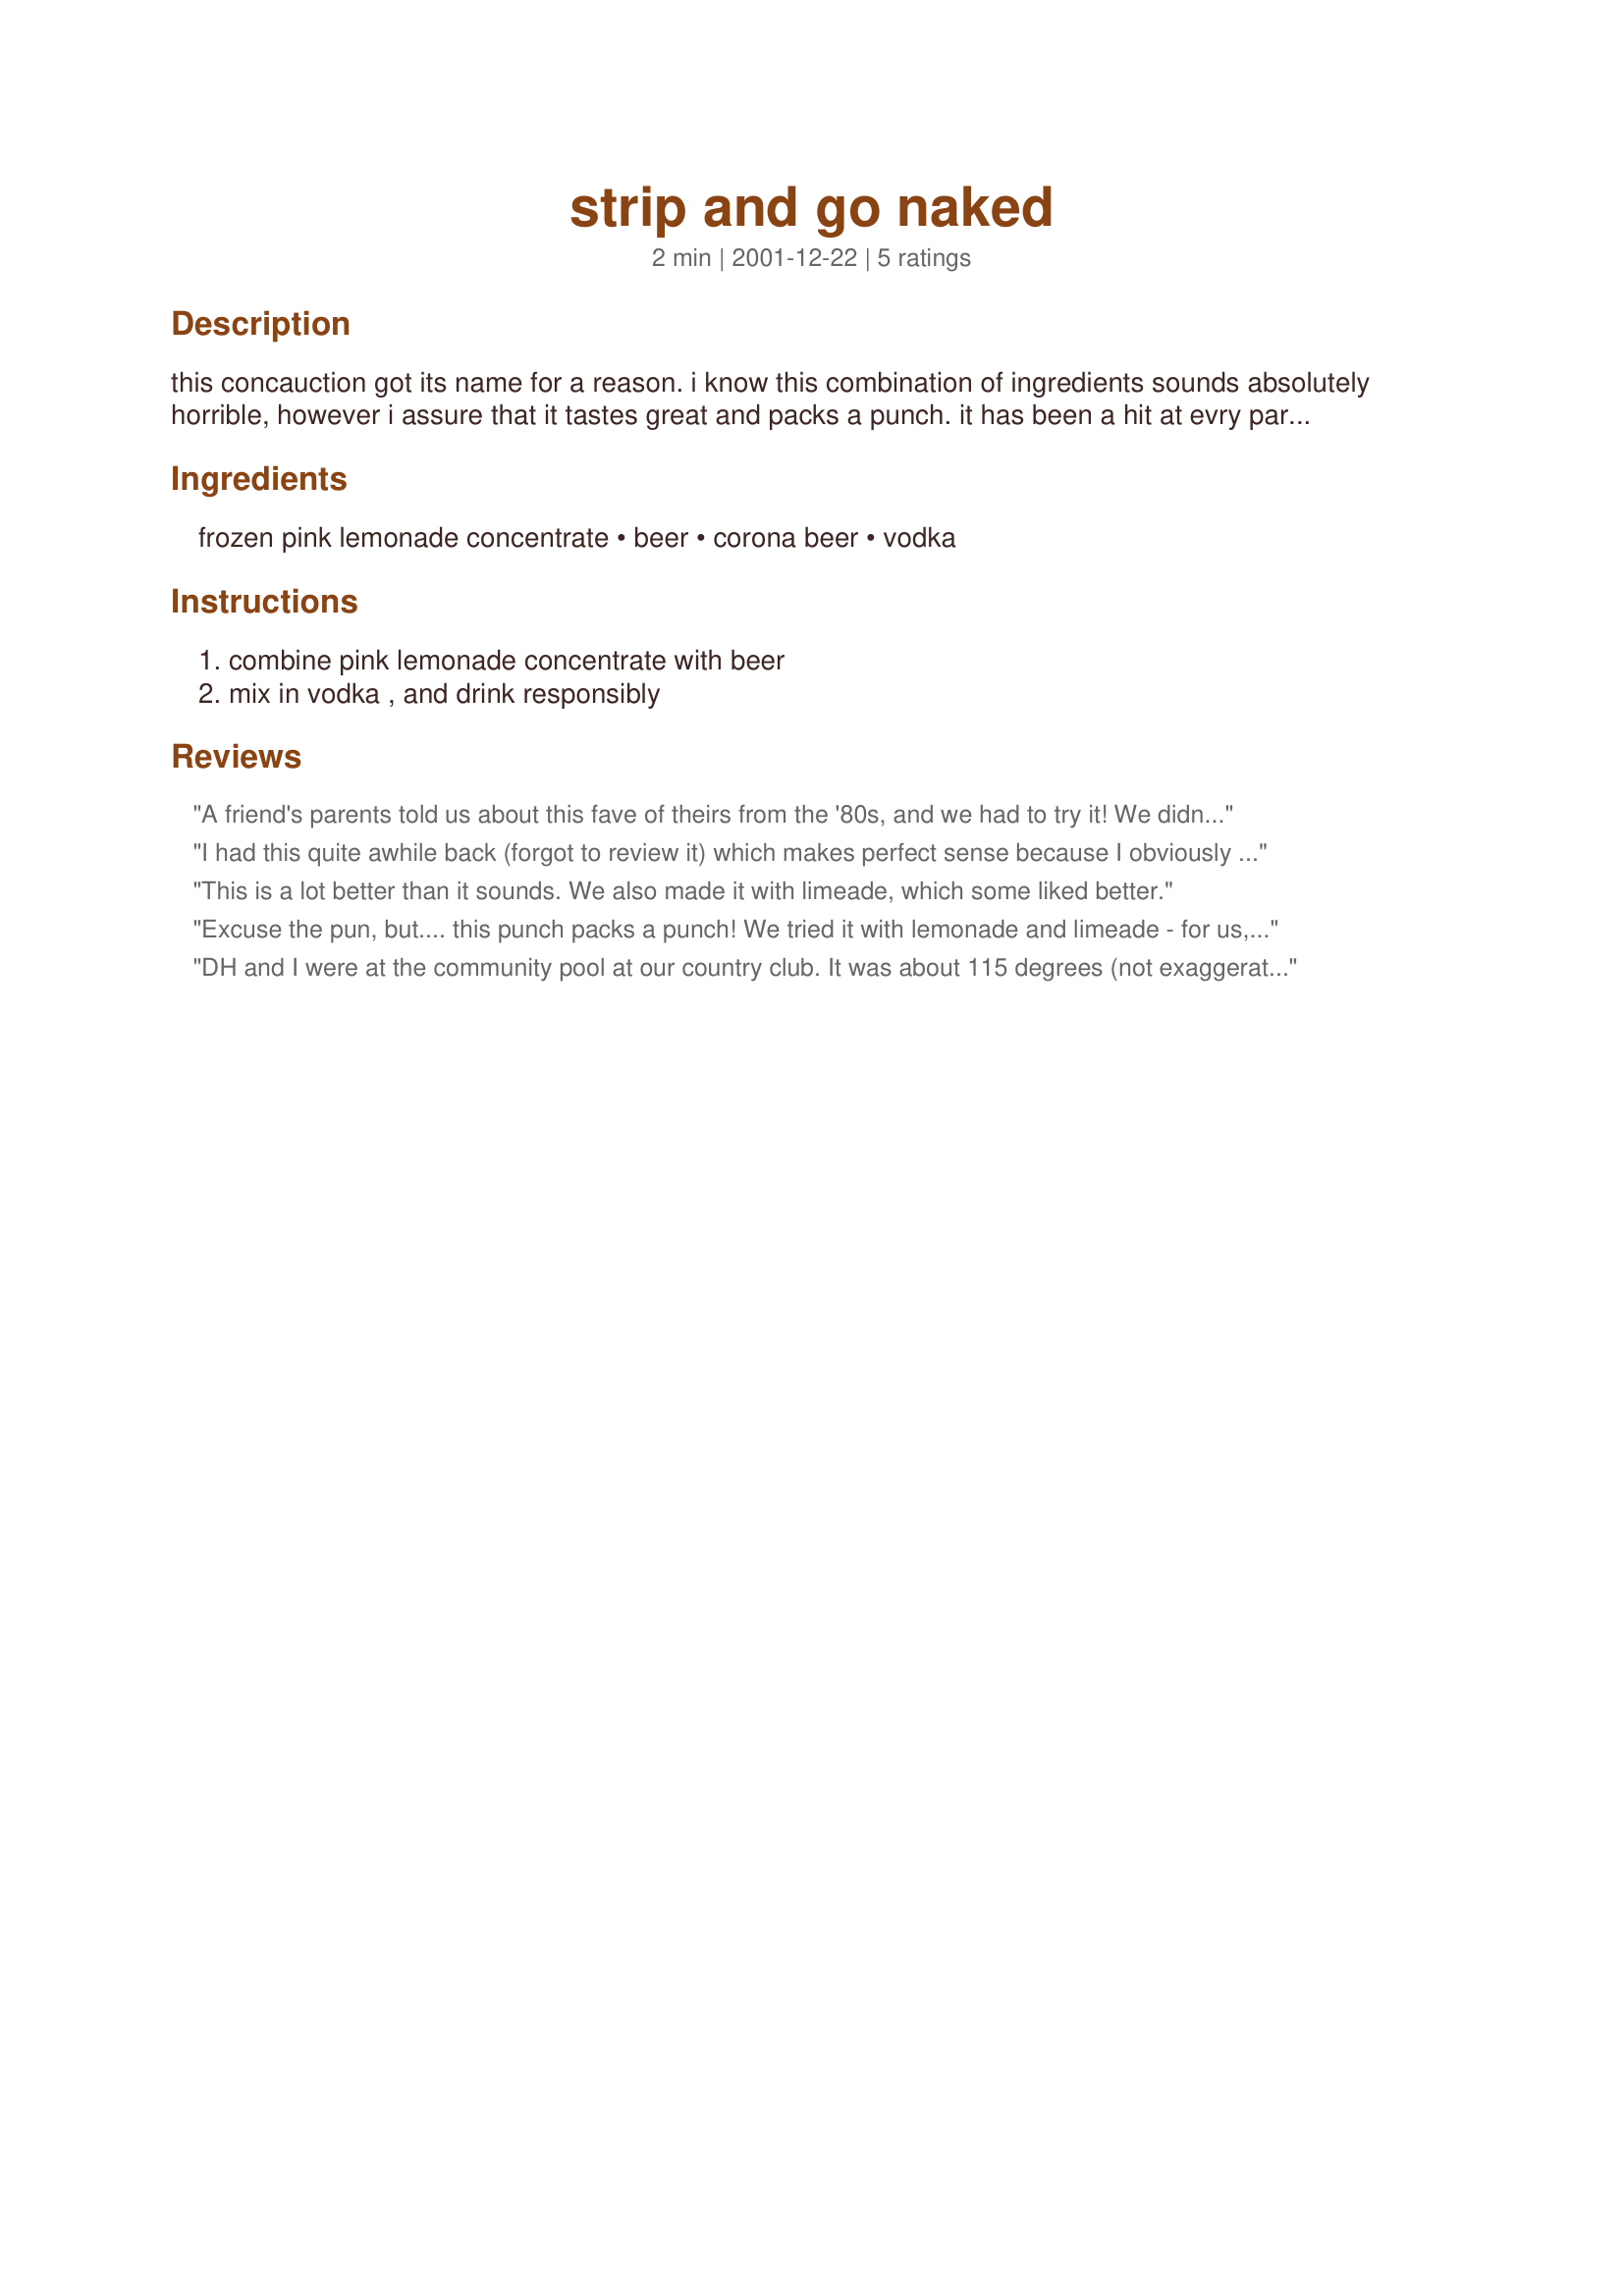
strip and go naked
Preparation time: 2 minutes

this concauction got its name for a reason. i know this combination of ingredients sounds absolutely horrible, however i assure that it tastes great and packs a punch. it has been a hit at evry party i've thrown. please let me know what you think.

Ingredients:
frozen pink lemonade concentrate, beer, corona beer, vodka

Steps:
combine pink lemonade concentrate with beer, mix in vodka , and drink responsibly

Reviews:
A friend's parents told us about this fave of theirs from the '80s, and we had to try it! We didn't use Corona beer - I hadn't heard that necessary ingredient - but just used 10 beers total. We drank this on New Year's Eve a couple of years ago. :) I think it'd be great with limeade too.
I had this quite awhile back (forgot to review it) which makes
perfect sense because I obviously cannot mix beer and vodka. Had quite a head the next day (and I don't mean the beer), but it really is good, it just sneaks up on you. This quantity should be made for a lot of people to share.
This is a lot better than it sounds. We also made it with limeade, which some liked better.
Excuse the pun, but.... this punch packs a punch! We tried it with lemonade and limeade - for us, it was much better using the limeade - maybe becasue of the strong taste of the Corona? We quadrupled this for a Luau - very big hit all the way around, and yes, it DOES sneek up on you!!
DH and I were at the community pool at our country club. It was about 115 degrees (not exaggerating!). The only other people at the pool were a group of twenty-somethings who were drinking these. They were nice enough to share a couple of glasses of this with two old geezers. We all had a great time! I haven't made these yet myself, but will soon.
